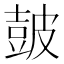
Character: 皷